Report of the Indian Hemp Drugs Commission, 1894-1895 - Volume II
Year: 1894
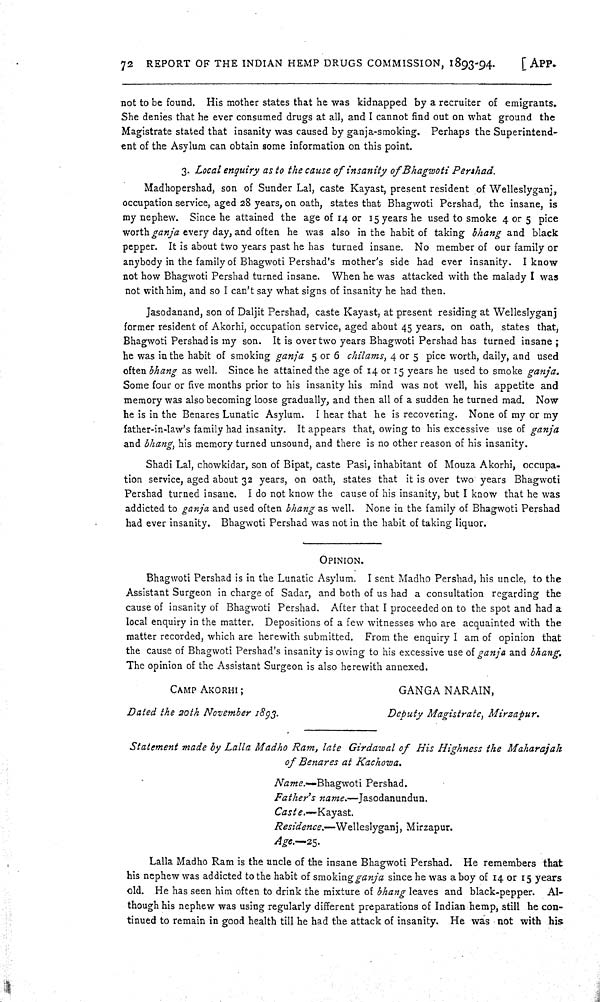
72 REPORT OF THE INDIAN HEMP DRUGS COMMISSION, 1893-94.
[APP.
not to be found. His mother states that he was kidnapped by a recruiter of emigrants.
She denies that he ever consumed drugs at all, and I cannot find out on what ground the
Magistrate stated that insanity was caused by ganja-smoking. Perhaps the Superintend-
ent of the Asylum can obtain some information on this point.
3. Local enquiry as to the cause of insanity of Bhagwoti Pershad.
Madhopershad, son of Sunder Lal, caste Kayast, present resident of Welleslyganj,
occupation service, aged 28 years, on oath, states that Bhagwoti Pershad, the insane, is
my nephew. Since he attained the age of 14 or 15 years he used to smoke 4 or 5 pice
worth ganja every day, and often he was also in the habit of taking bhang and black
pepper. It is about two years past he has turned insane. No member of our family or
anybody in the family of Bhagwoti Pershad's mother's side had ever insanity. I know
not how Bhagwoti Pershad turned insane. When he was attacked with the malady I was
not with him, and so I can't say what signs of insanity he had then.
Jasodanand, son of Daljit Pershad, caste Kayast, at present residing at Welleslyganj
former resident of Akorhi, occupation service, aged about 45 years, on oath, states that,
Bhagwoti Pershad is my son. It is over two years Bhagwoti Pershad has turned insane;
he was in the habit of smoking ganja 5 or 6 chilams, 4 or 5 pice worth, daily, and used
often bhang as well. Since he attained the age of 14 or 15 years he used to smoke ganja.
Some four or five months prior to his insanity his mind was not well, his appetite and
memory was also becoming loose gradually, and then all of a sudden he turned mad. Now
he is in the Benares Lunatic Asylum. I hear that he is recovering. None of my or my
father-in-law's family had insanity. It appears that, owing to his excessive use of ganja
and bhang, his memory turned unsound, and there is no other reason of his insanity.
Shadi Lal, chowkidar, son of Bipat, caste Pasi, inhabitant of Mouza Akorhi, occupa-
tion service, aged about 32 years, on oath, states that it is over two years Bhagwoti
Pershad turned insane. I do not know the cause of his insanity, but I know that he was
addicted to ganja and used often bhang as well. None in the family of Bhagwoti Pershad
had ever insanity. Bhagwoti Pershad was not in the habit of taking liquor.
OPINION.
Bhagwoti Pershad is in the Lunatic Asylum. I sent Madho Pershad, his uncle, to the
Assistant Surgeon in charge of Sadar, and both of us had a consultation regarding the
cause of insanity of Bhagwoti Pershad. After that I proceeded on to the spot and had a
local enquiry in the matter. Depositions of a few witnesses who are acquainted with the
matter recorded, which are herewith submitted. From the enquiry I am of opinion that
the cause of Bhagwoti Pershad's insanity is owing to his excessive use of ganja and bhang.
The opinion of the Assistant Surgeon is also herewith annexed.
CAMP AKORHI;
GANGA NARAIN,
Dated the 20th November 1893.
Deputy Magistrate, Mirzapur.
Statement made by Lalla Madho Ram, late Girdawal of His Highness the Maharajah
of Benares at Kachowa.
Name.—Bhagwoti Pershad.
Father's name.—Jasodanundun.
Caste.—Kayast.
Residence.—Welleslyganj, Mirzapur.
Age.—25.
Lalla Madho Ram is the uncle of the insane Bhagwoti Pershad. He remembers that
his nephew was addicted to the habit of smoking ganja since he was a boy of 14 or 15 years
old. He has seen him often to drink the mixture of bhang leaves and black-pepper. Al-
though his nephew was using regularly different preparations of Indian hemp, still he con-
tinued to remain in good health till he had the attack of insanity. He was not with his